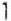
1